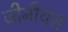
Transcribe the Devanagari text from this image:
जीनीयस